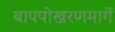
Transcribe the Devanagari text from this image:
बापपोखरणमार्गे